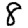
Digit: 8